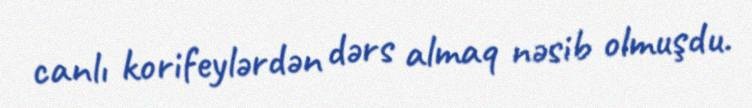
canlı korifeylərdən dərs almaq nəsib olmuşdu.